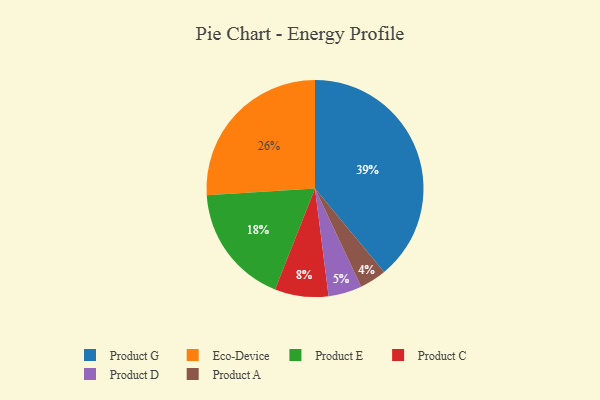
{"axis": {"x": "Category", "y": "Percentage"}, "legend": ["Eco-Device", "Product A", "Product C", "Product D", "Product E", "Product G"], "data": [{"x": "Product D", "y": 5, "type": "Product D"}, {"x": "Product E", "y": 18, "type": "Product E"}, {"x": "Product A", "y": 4, "type": "Product A"}, {"x": "Product G", "y": 39, "type": "Product G"}, {"x": "Eco-Device", "y": 26, "type": "Eco-Device"}, {"x": "Product C", "y": 8, "type": "Product C"}]}